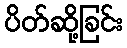
ပိတ်ဆို့ခြင်း